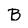
Character: B